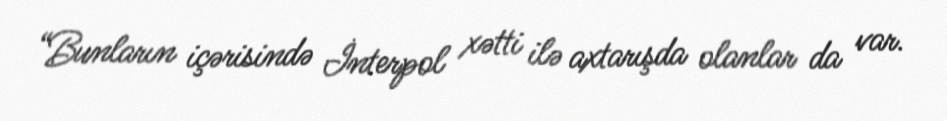
“Bunların içərisində İnterpol xətti ilə axtarışda olanlar da var.